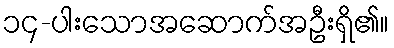
၁၄-ပါးသောအဆောက်အဦးရှိ၏။